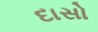
દાસો